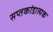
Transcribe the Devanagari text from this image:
सप्तकांडात्मक